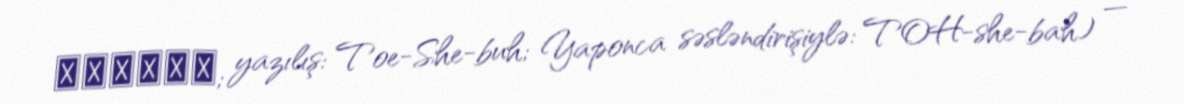
株式会社東芝; yazılış: Toe-She-buh; Yaponca səsləndirişiylə: TOH-she-bah) —